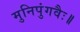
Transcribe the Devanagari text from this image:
मुनिपुंगवैः॥